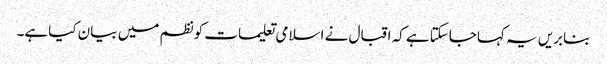
بنابریں یہ کہاجاسکتاہے کہ اقبال نے اسلامی تعلیمات کونظم میں بیان کیاہے۔